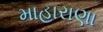
માહારાણા